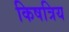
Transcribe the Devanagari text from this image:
किषत्रिय